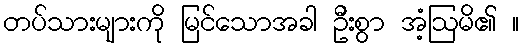
တပ်သားများကို မြင်သောအခါ ဦးစွာ အံ့ဩမိ၏ ။